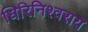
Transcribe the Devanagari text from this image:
धिरिनिश्वराय